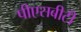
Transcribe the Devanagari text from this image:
पीएसबीटी